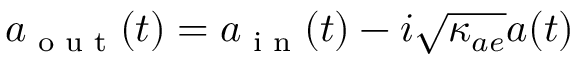
a _ { \textrm { o u t } } ( t ) = a _ { \textrm { i n } } ( t ) - i \sqrt { \kappa _ { a e } } a ( t )